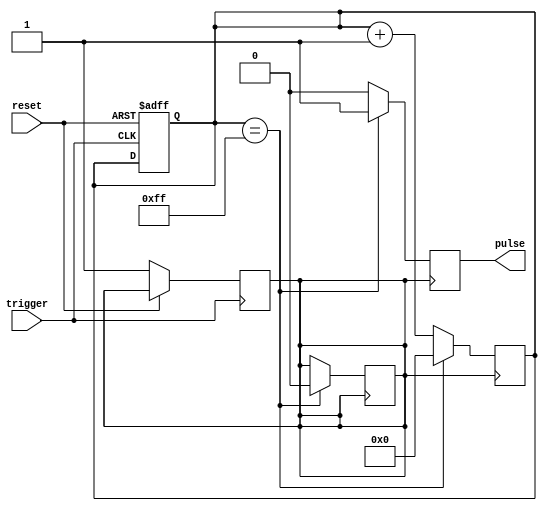
module one_shot_timer (
  input trigger,
  input reset,
  output reg pulse
);

reg [7:0] counter;
reg start;

always @ (posedge trigger or posedge reset)
begin
  if (reset)
    counter <= 8'h00;
  else if (trigger)
    start <= 1;
end

always @ (posedge start)
begin
  counter <= counter + 1;
  if (counter == 8'hFF)
  begin
    pulse <= 1;
    start <= 0;
    counter <= 8'h00;
  end
  else
    pulse <= 0;
end

endmodule